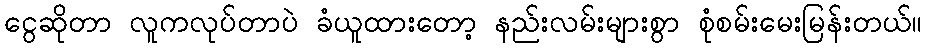
ငွေဆိုတာ လူကလုပ်တာပဲ ခံယူထားတော့ နည်းလမ်းများစွာ စုံစမ်းမေးမြန်းတယ်။